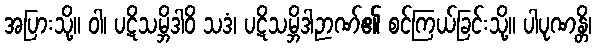
အပြားသို့။ ဝါ၊ ပဋိသမ္ဘိဒါဝိ သဒံ၊ ပဋိသမ္ဘိဒါဉာဏ်၏ စင်ကြယ်ခြင်းသို့။ ပါပုဏန္တိ၊